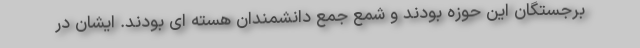
برجستگان این حوزه بودند و شمع جمع دانشمندان هسته ای بودند. ایشان در